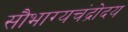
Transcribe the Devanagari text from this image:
सौभाग्यचंद्रोदय